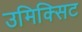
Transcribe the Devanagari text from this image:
उमिक्सिट